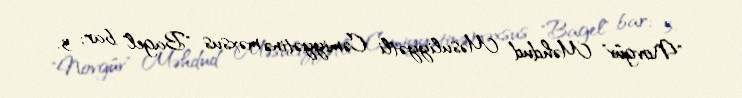
"Novgüv" Məhdud Məsuliyyətli Cəmiyyətinə məxsus "Bagel" bar; 3.